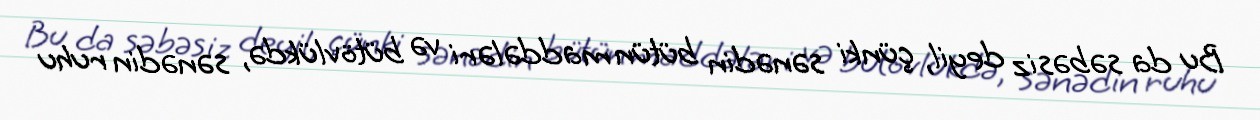
Bu da səbəsiz deyil, çünki sənədin bütün maddələri və bütövlükdə, sənədin ruhu